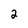
Character: 2